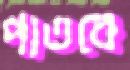
পাতবে